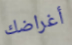
أغراضك